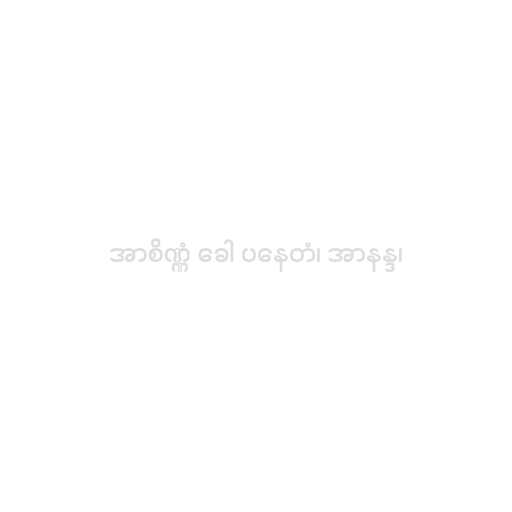
အာစိဏ္ဏံ ခေါ ပနေတံ၊ အာနန္ဒ၊